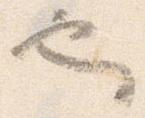
也